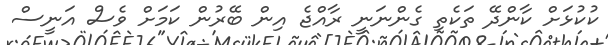
ކުކުޅަށް ކާންދޭ ތަކެތި ގެންނަނީ ރާއްޖެ އިން ބޭރުން ކަމަށް ވެސް އަނީސް